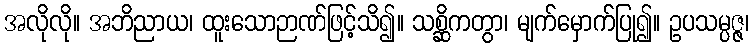
အလိုလို။ အဘိညာယ၊ ထူးသောဉာဏ်ဖြင့်သိ၍။ သစ္ဆိကတွာ၊ မျက်မှောက်ပြု၍။ ဥပသမ္ပဇ္ဇ၊